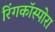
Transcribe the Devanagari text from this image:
रिंगकॉस्पोरा